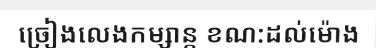
ច្រៀងលេងកម្សាន្ត ខណ:ដល់ម៉ោង